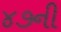
૪૭ની